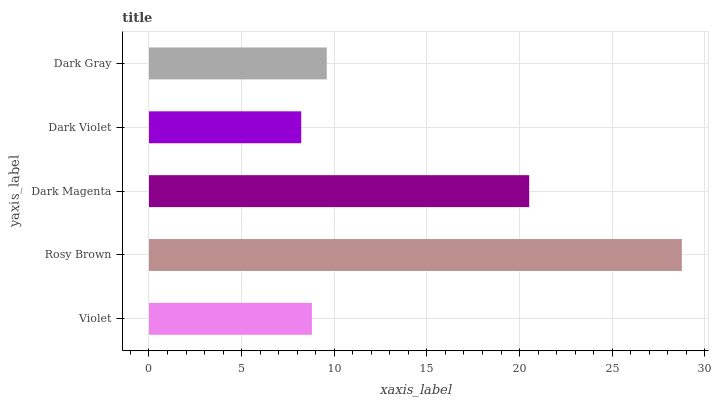
| yaxis_label | bars |
 | --- | --- |
 | Violet | 8.79 |
 | Rosy Brown | 28.8 |
 | Dark Magenta | 20.5 |
 | Dark Violet | 8.22 |
 | Dark Gray | 9.6 |